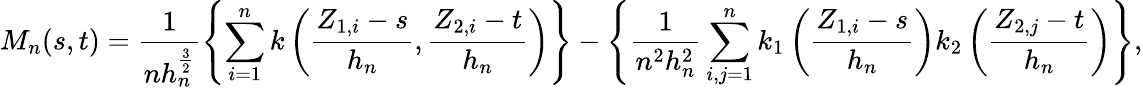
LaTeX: M_{n}(s,t)=\frac{1}{nh_{n}^{\frac{3}{2}}}\left\{ \sum_{i=1}^{n}k\left(\frac{Z_{1,i}-s}{h_{n}},\frac{Z_{2,i}-t}{h_{n}}\right)\right\} -\left\{ \frac{1}{n^{2}h_{n}^{2}}\sum_{i,j=1}^{n}k_{1}\left(\frac{Z_{1,i}-s}{h_{n}}\right)k_{2}\left(\frac{Z_{2,j}-t}{h_{n}}\right)\right\} ,